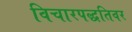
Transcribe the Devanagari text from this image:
विचारपद्धतिवर